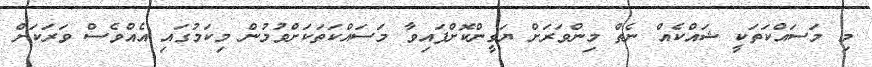
މި މަސައްކަތަކީ ޝައްކެއް ނެތް މިންވަރަށް ޔަގީންކޮށްފައިވާ މަސައްކަތަކަށްވުމުން މިކަމުގައި އެއްވެސް ވަރަކަށް